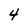
Character: 4